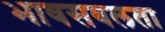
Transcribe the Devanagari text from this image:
भावसबलता